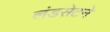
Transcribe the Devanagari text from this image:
लंडसेटने